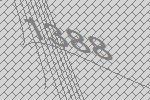
1388